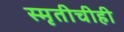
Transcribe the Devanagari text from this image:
स्मृतीचीही